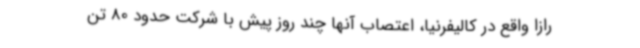
رازا واقع در کالیفرنیا، اعتصاب آنها چند روز پیش با شرکت حدود 80 تن